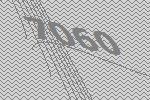
7060